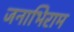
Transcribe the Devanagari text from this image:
जनाभिराम